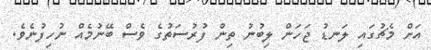
އަށް މެޗުގައި ލަނޑު ޖަހަން ލިބުނު ތިން ފުރުސަތުގެ ވެސް ބޭނުމެއް ނުހިފުނެވެ.